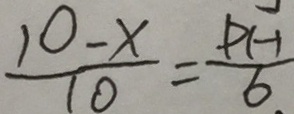
\frac { 1 0 - x } { 1 0 } = \frac { P H } { 6 }